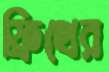
ফ্রিথের